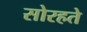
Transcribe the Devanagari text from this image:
सोरहते